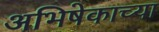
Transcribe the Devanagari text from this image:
अभिषेकाच्या